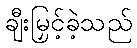
ချီးမြှင့်ခဲ့သည်